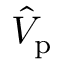
\hat { V } _ { \mathrm { p } }